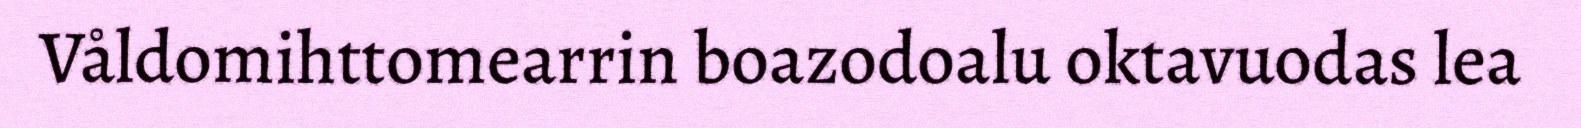
Våldomihttomearrin boazodoalu oktavuodas lea